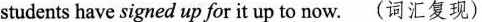
students have signed up for it up to now. (词汇复现)